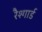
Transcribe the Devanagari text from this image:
रैश्गार्ड